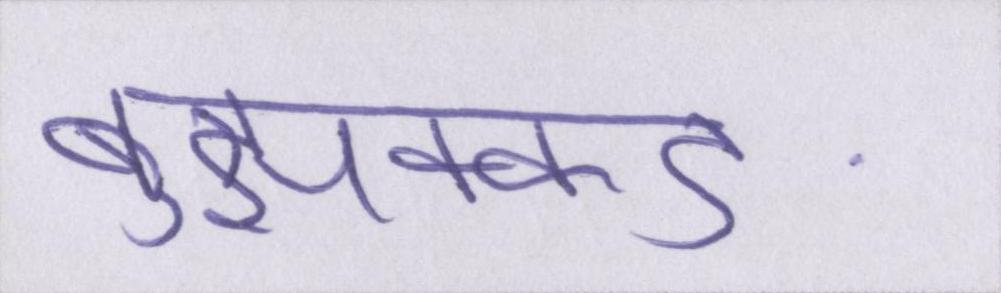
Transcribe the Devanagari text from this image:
बुझक्कङ